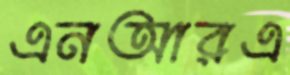
এনআরএ